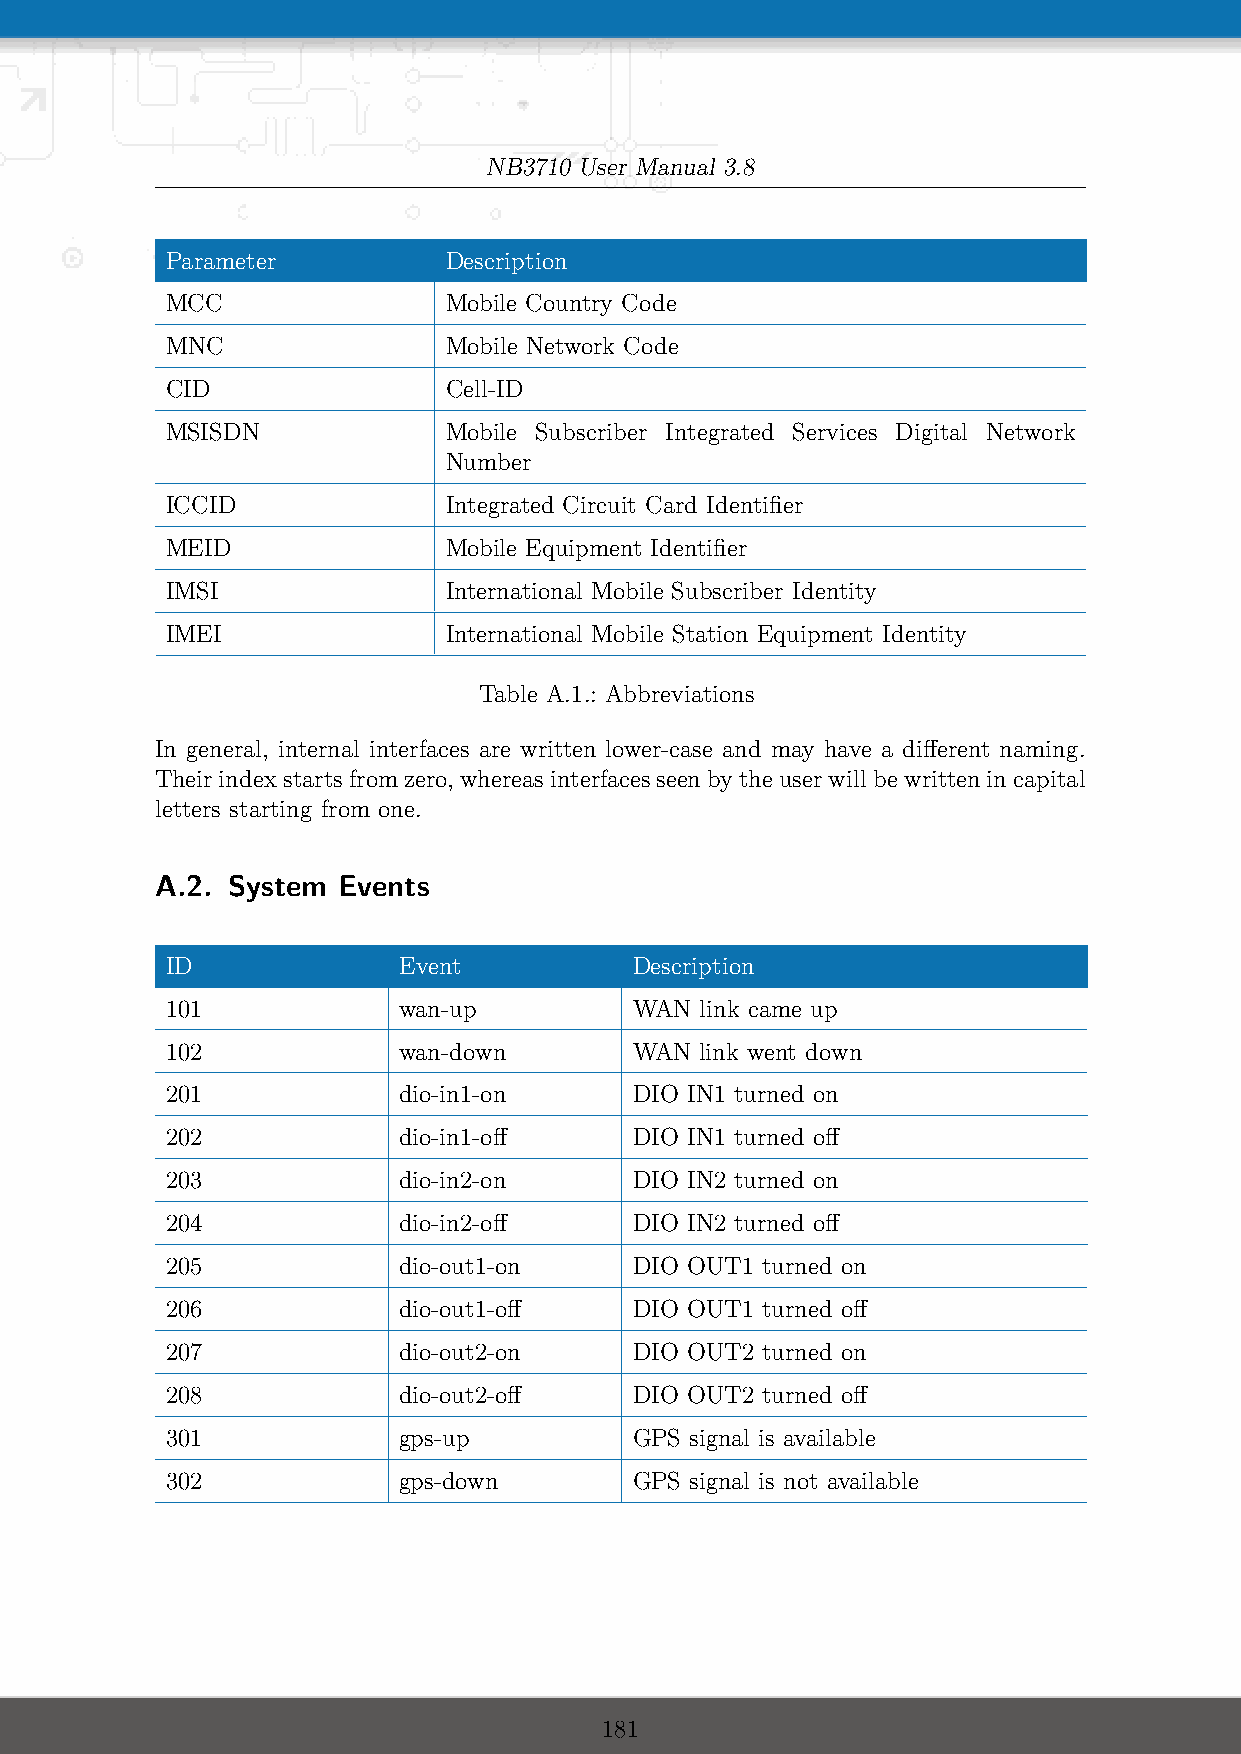
NB3710 User Manual 3.8
 Parameter         Description
 MCC               Mobile Country Code
 MNC               Mobile Network Code
 CID               Cell-ID
 MSISDN            Mobile Subscriber Integrated Services Digital Network
 Number
 ICCID             Integrated Circuit Card Identifier
 MEID              Mobile Equipment Identifier
 IMSI              International Mobile Subscriber Identity
 IMEI              International Mobile Station Equipment Identity
 Table A.1.: Abbreviations
 In general, internal interfaces are written lower-case and may have a different naming.
 Theirindexstartsfromzero, whereasinterfacesseenbytheuserwillbewrittenincapital
 letters starting from one.
 A.2. System Events
 ID             Event           Description
 101            wan-up          WAN link came up
 102            wan-down        WAN link went down
 201            dio-in1-on      DIO IN1 turned on
 202            dio-in1-off     DIO IN1 turned off
 203            dio-in2-on      DIO IN2 turned on
 204            dio-in2-off     DIO IN2 turned off
 205            dio-out1-on     DIO OUT1 turned on
 206            dio-out1-off    DIO OUT1 turned off
 207            dio-out2-on     DIO OUT2 turned on
 208            dio-out2-off    DIO OUT2 turned off
 301            gps-up          GPS signal is available
 302            gps-down        GPS signal is not available
 181